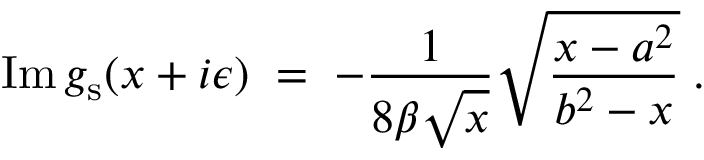
\mathrm { I m } \, g _ { \mathrm { s } } ( x + i \epsilon ) \; = \; - { \frac { 1 } { 8 \beta \sqrt { x } } } \sqrt { { \frac { x - a ^ { 2 } } { b ^ { 2 } - x } } } \; .